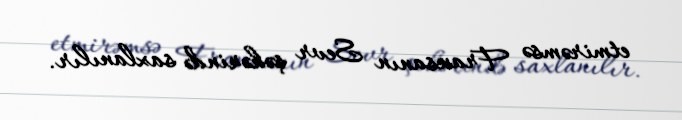
etmirəmsə Fransanın Sevr şəhərində saxlanılır.